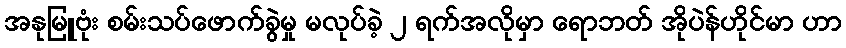
အနုမြူဗုံး စမ်းသပ်ဖောက်ခွဲမှု မလုပ်ခဲ့ ၂ ရက်အလိုမှာ ရောဘတ် အိုပဲန်ဟိုင်မာ ဟာ